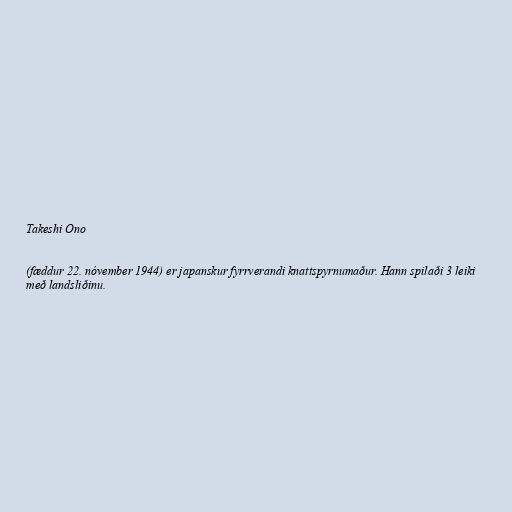
Takeshi Ono

(fæddur 22. nóvember 1944) er japanskur fyrrverandi knattspyrnumaður. Hann spilaði 3 leiki
með landsliðinu.